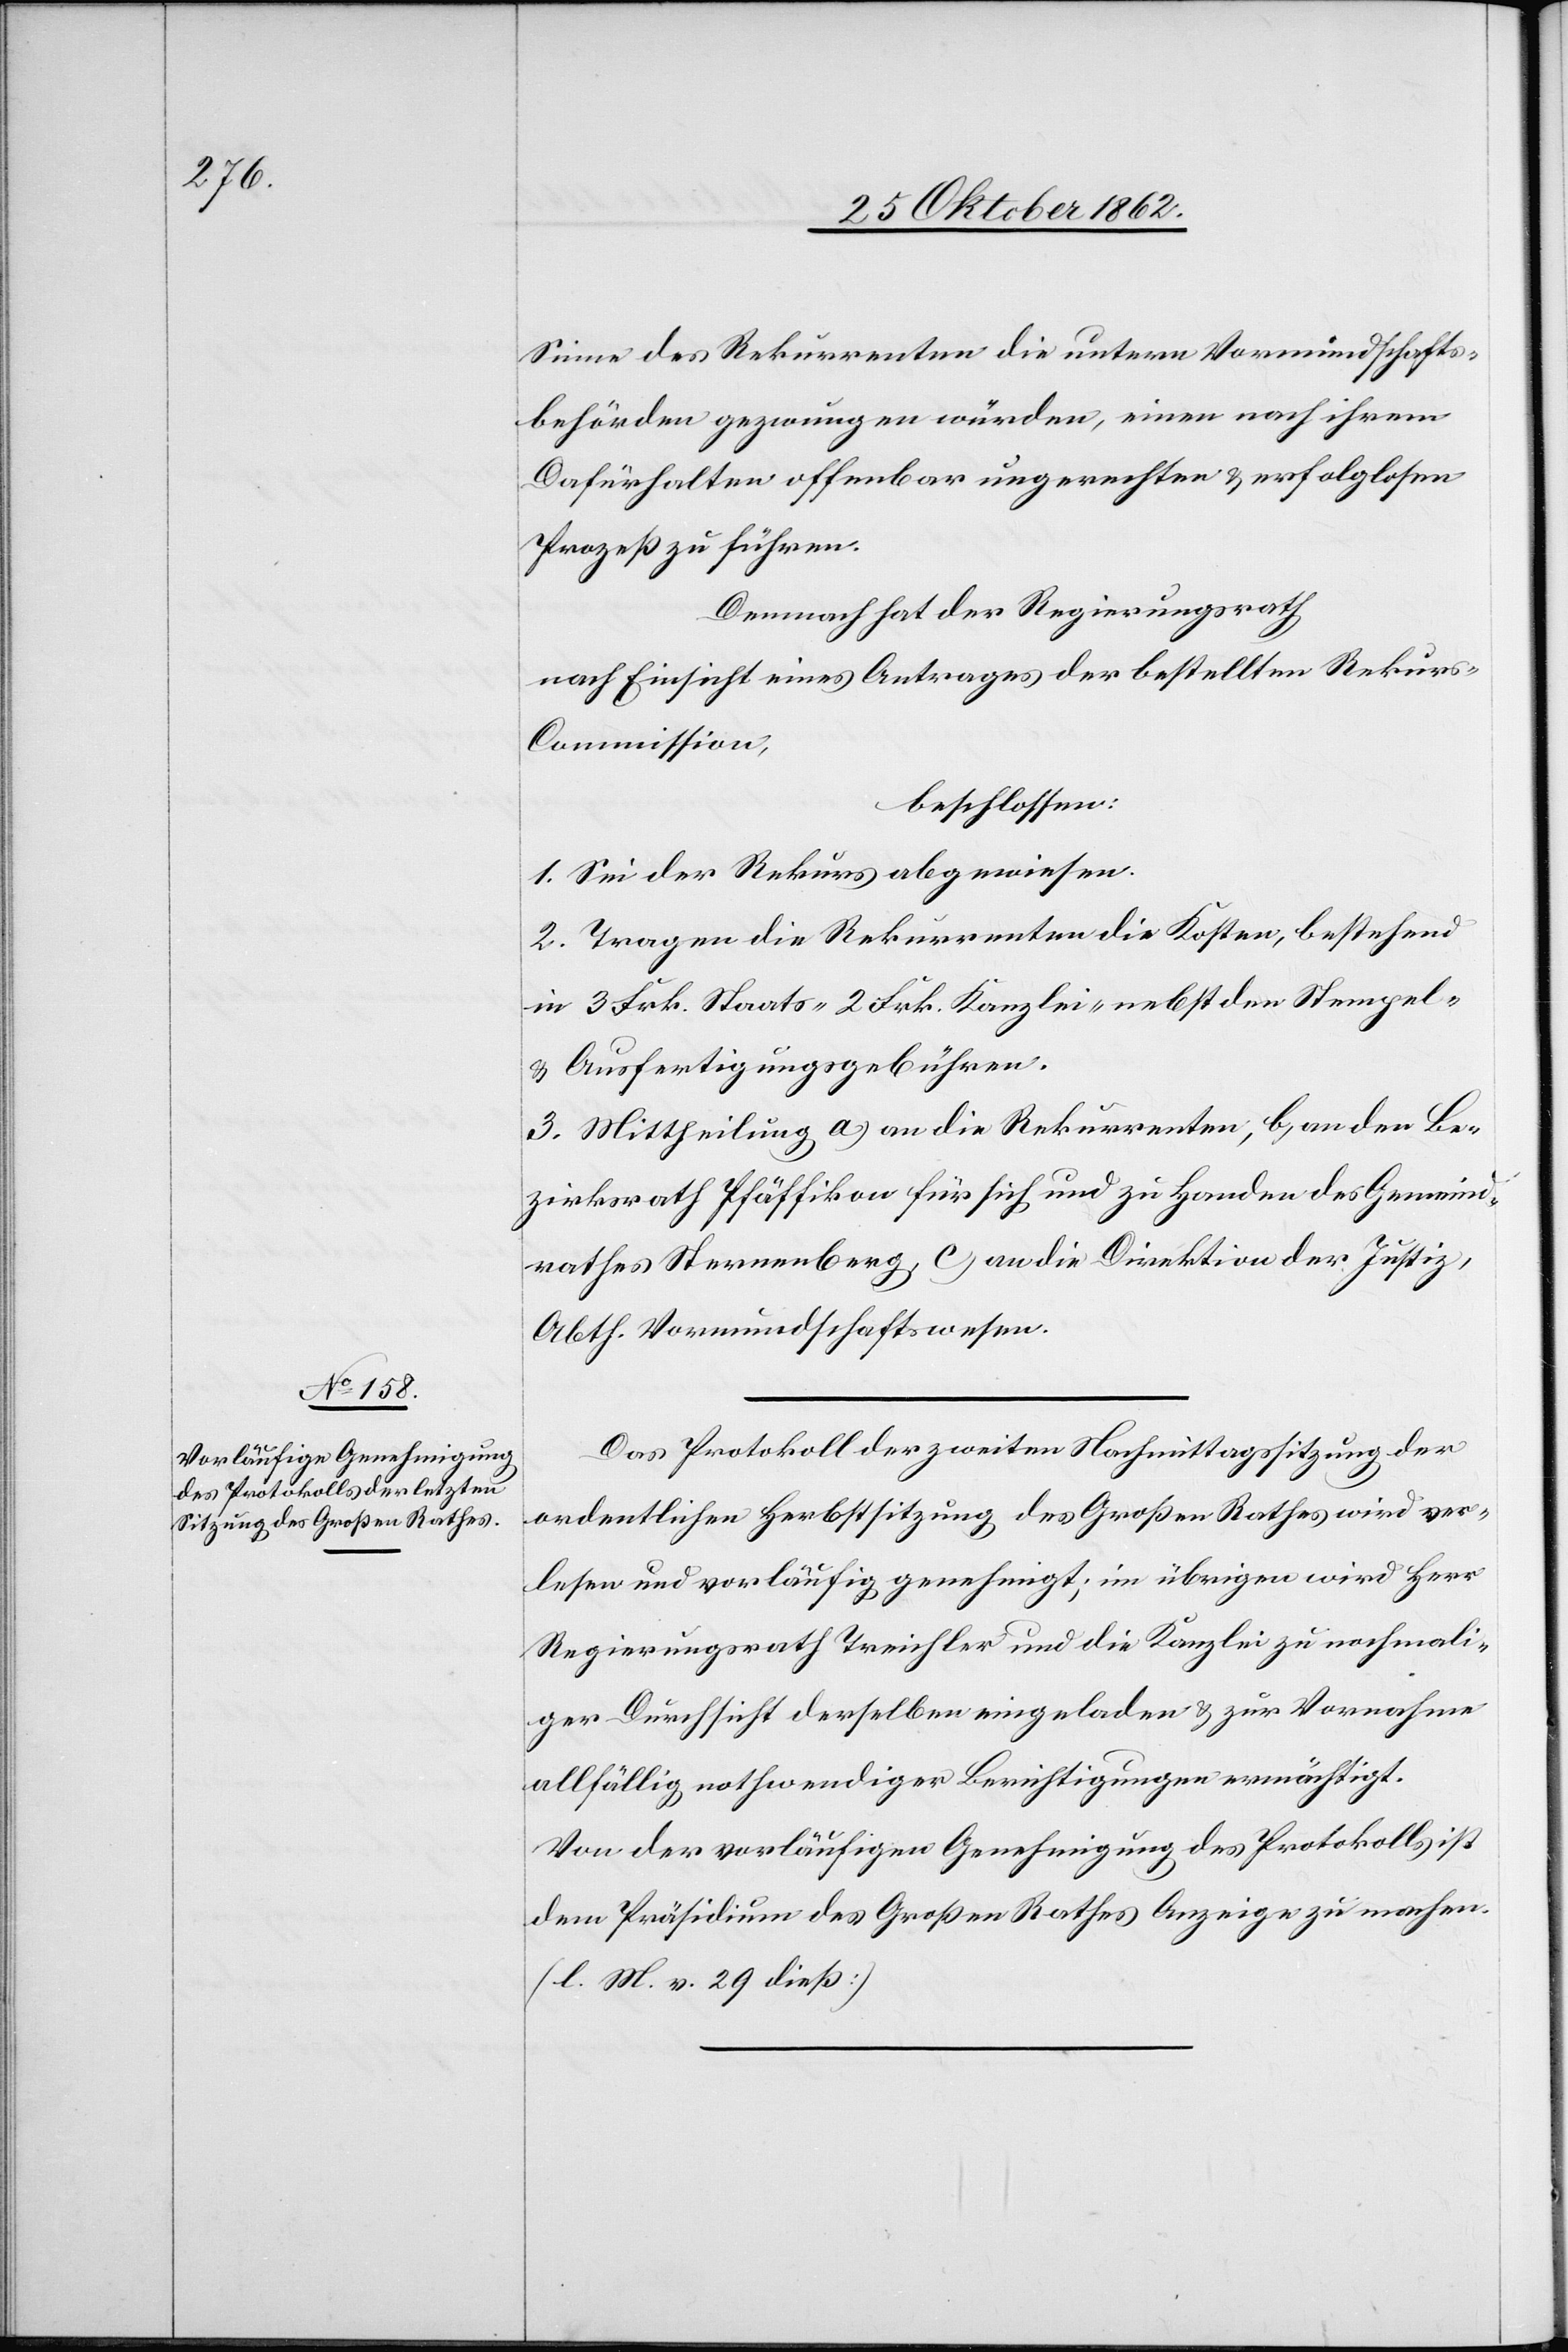
Sinne des Rekurrenten die untern Vormundschafts¬
behörden gezwungen würden, einen nach ihrem
Dafürhalten offenbar ungerechten u. erfolglosen
Prozeß zuführen.
Demnach hat der Regierungsrath
nach Einsicht eines Antrages der bestellten Rekur¬
s-Commission,
beschlossen:
1. Sei der Rekurs abgewiesen.
2. Tragen die Rekurrenten die Kosten, bestehend
in 3 Frk. Staats-[,] 2 Frk. Kanzlei- nebst den Stempel-
u. Ausfertigungsgebühren.
3. Mittheilung a) an die Rekurrenten, b) an den Be¬
zirksrath Pfäffikon für sich und zu Handen des Gemeind¬
rathes Sternenberg, c) an die Direktion der Justiz,
Abth. Vormundschaftswesen.
Das Protokoll der zweiten Nachmittagssitzung der
ordentlichen Herbstsitzung des Großen Rathes wird ver¬
lesen und vorläufig genehmigt, im übrigen wird Herr
Regierungsrath Treichler und die Kanzlei zu nochmali¬
ger Durchsicht derselben eingeladen u. zur Vornahme
allfällig nothwendiger Berichtigungen ermächtigt.
Von der vorläufigen Genehmigung des Protokolls, ist
dem Präsidium des Großen Rathes Anzeige zu machen.
(l. M. v. 29. dieß.)